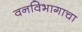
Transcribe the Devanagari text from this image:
वनविभागाचा